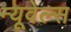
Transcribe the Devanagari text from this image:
न्यूवेल्स